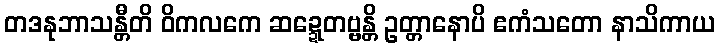
တဒနုဘာသန္တီတိ ဝိကလကေ ဆဍ္ဍေတဗ္ဗန္တိ ဥတ္တာနောပိ ဧကံသတော နာသိကာယ